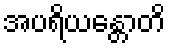
အပရိယန္တောတိ